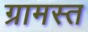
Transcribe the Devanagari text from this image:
ग्रामस्त